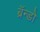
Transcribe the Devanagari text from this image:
ब्रॅन्डो